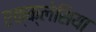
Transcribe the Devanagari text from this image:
एक्क्लेसिया